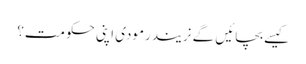
کیسے بچائیں گے نریندرمودی اپنی حکومت؟